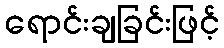
ရောင်းချခြင်းဖြင့်